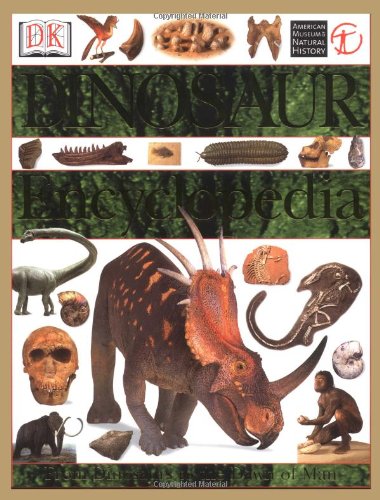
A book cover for Dinosaur Encyclopedia: From Dinosaurs to the Dawn of Man; David Lambert; Children's Books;